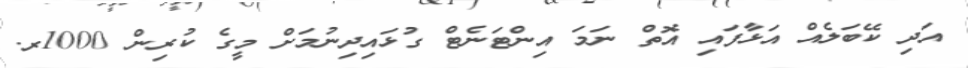
އަދި ކޭބަލެއް އަޅާފައި އޮތް ނަމަ އިންޓަނެޓް ގުޅައިދިނުމަށް މީގެ ކުރިން 1000ރ.